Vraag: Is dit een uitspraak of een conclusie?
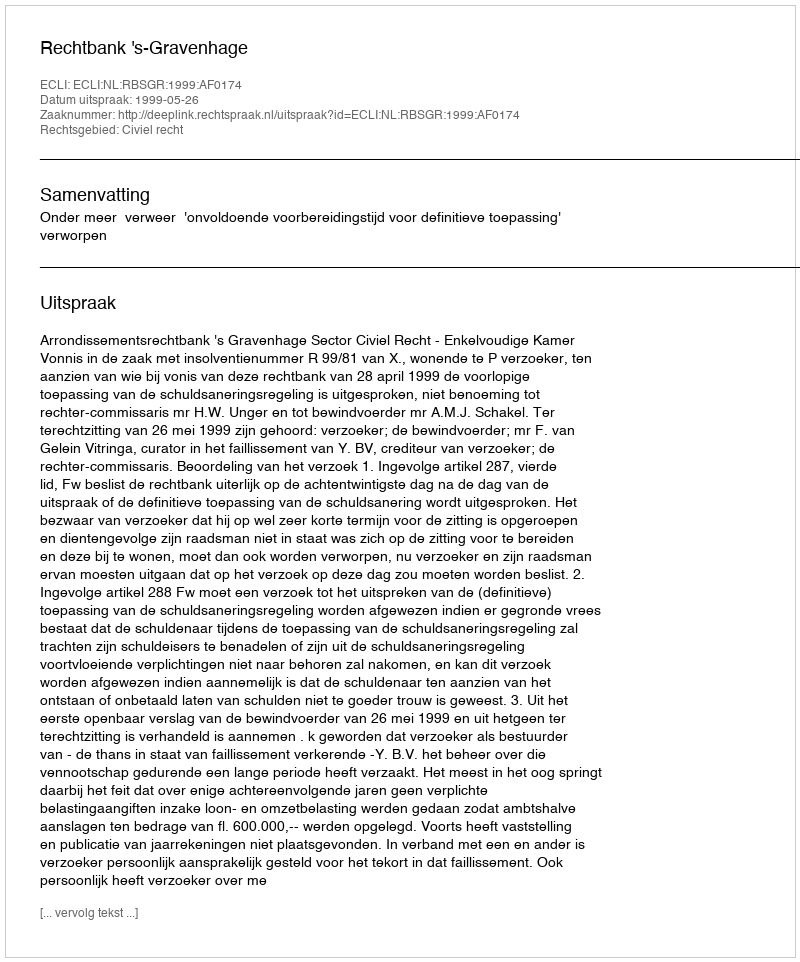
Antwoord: Uitspraak